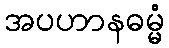
အပဟာနဓမ္မံ